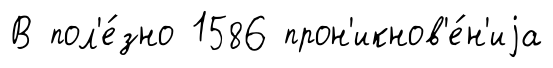
В пол'е́зно 1586 прон'икнов'е́н'иjа